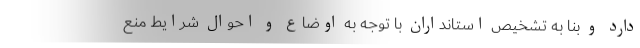
دارد و بنا به تشخیص استانداران با توجه به اوضاع و احوال شرایط منع